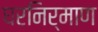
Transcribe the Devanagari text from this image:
घरनिर्माण